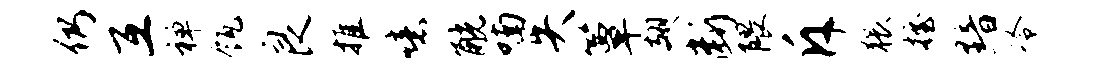
仍互禅瓴良推噫觥喃失簟翅断隈斥猥握黯冷